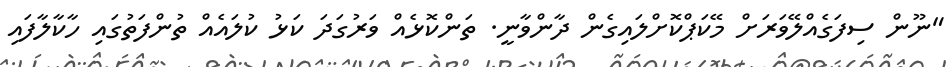
"ނޫން ސިފަގެއްލޭވަރަށް މޭކަޕްކޮށްލައިގެން ދާންވާނީ. ތަންކޮޅެއް ވަރުގަދަ ކަޅު ކުލައެއް ތުންފަތުގައި ހާކާލާފައި